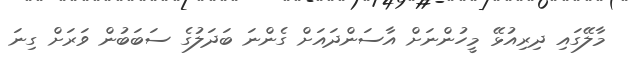
މާލޭގައި ދިރިއުޅޭ މީހުންނަށް އާސަންދައަށް ގެންނަ ބަދަލުގެ ސަބަބުން ވަރަށް ގިނަ